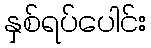
နှစ်ရပ်ပေါင်း